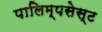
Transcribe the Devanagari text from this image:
पालिम्पसेस्ट